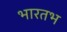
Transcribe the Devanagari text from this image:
भारतभ